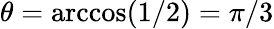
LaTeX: \theta=\operatorname{arccos}({1}/{2})=\pi/3